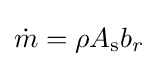
{\dot {m}}=\rho A_{\text{s}}b_{r}